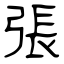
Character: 張